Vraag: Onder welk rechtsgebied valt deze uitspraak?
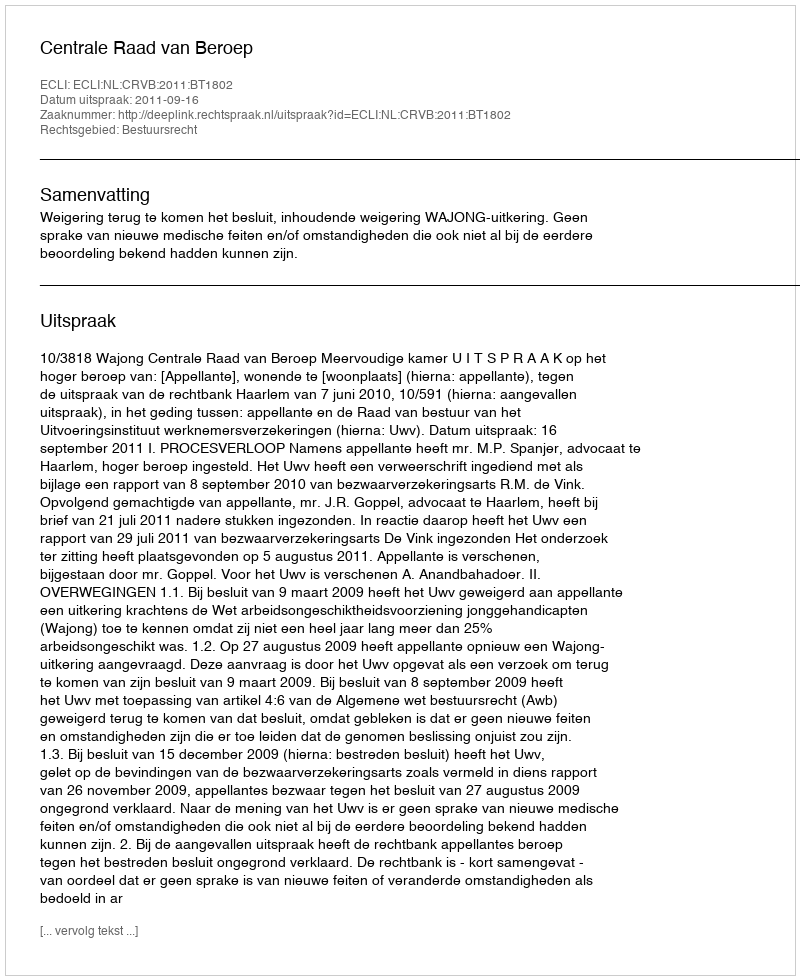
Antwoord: Bestuursrecht